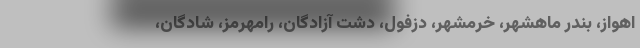
اهواز، بندر ماهشهر، خرمشهر، دزفول، دشت آزادگان، رامهرمز، شادگان،